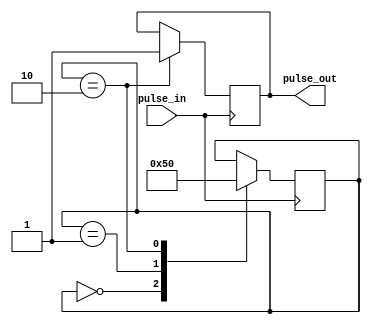
module Pulse_sync (
    input wire pulse_in,
    output reg pulse_out
);

reg [2:0] state;

always @ (posedge pulse_in) begin
    case (state)
        0: state <= 1;
        1: state <= 2;
        2: begin
            state <= 0;
            pulse_out <= 1;
        end
    endcase
end

endmodule